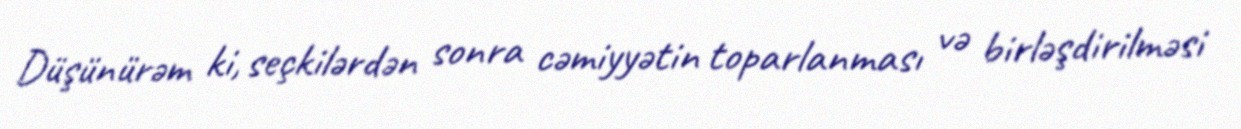
Düşünürəm ki, seçkilərdən sonra cəmiyyətin toparlanması və birləşdirilməsi